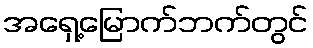
အရှေ့မြောက်ဘက်တွင်